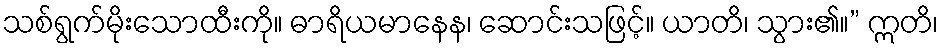
သစ်ရွက်မိုးသောထီးကို။ ဓာရိယမာနေန၊ ဆောင်းသဖြင့်။ ယာတိ၊ သွား၏။” ဣတိ၊